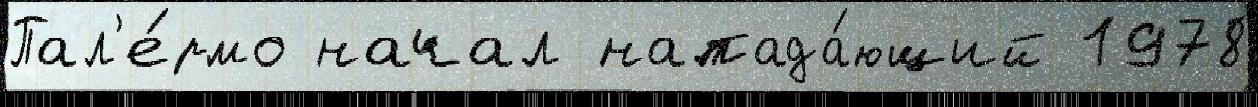
Пал'е́рмо начал напада́ющий 1978